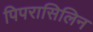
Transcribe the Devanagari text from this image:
पिपरासिलिन